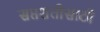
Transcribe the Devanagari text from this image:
सप्तशतीसाठी